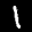
Label: 1